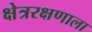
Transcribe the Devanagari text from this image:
क्षेत्ररक्षणाला